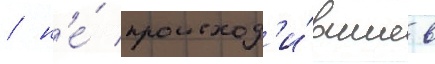
/ н'е́ происход'и́вшие в